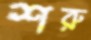
শরু